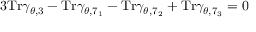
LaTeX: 3 \mathrm { T r } \gamma _ { \theta , 3 } - \mathrm { T r } \gamma _ { \theta , 7 _ { 1 } } - \mathrm { T r } \gamma _ { \theta , 7 _ { 2 } } + \mathrm { T r } \gamma _ { \theta , 7 _ { 3 } } = 0